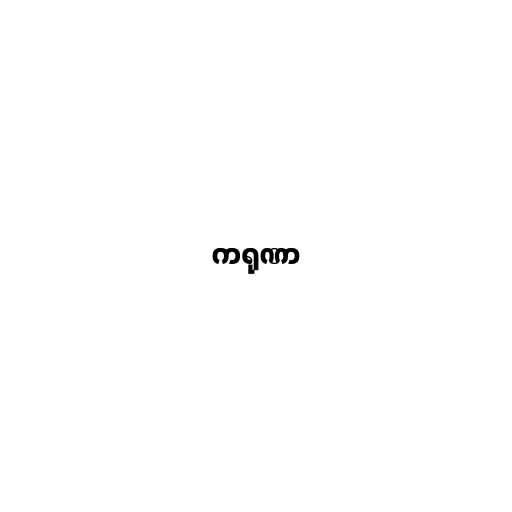
ကရုဏာ